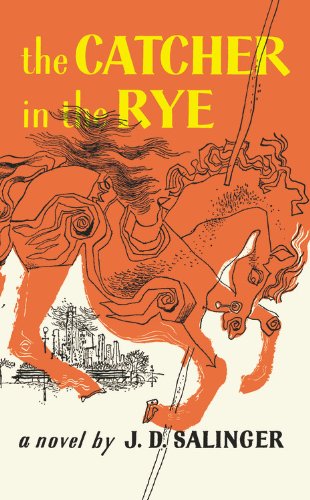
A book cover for The Catcher in the Rye; J.D. Salinger; Literature & Fiction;